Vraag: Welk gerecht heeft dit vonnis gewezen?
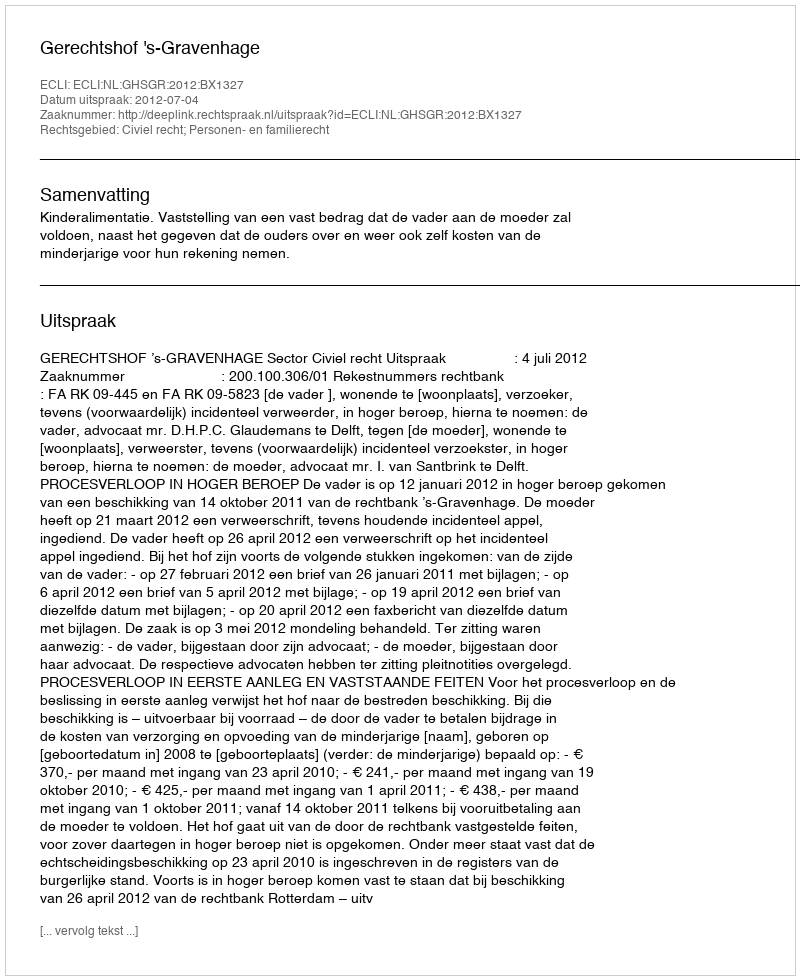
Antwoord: Gerechtshof 's-Gravenhage